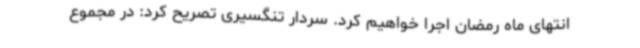
انتهای ماه رمضان اجرا خواهیم کرد. سردار تنگسیری تصریح کرد: در مجموع